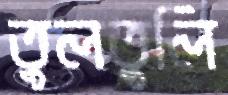
তুলতুলি